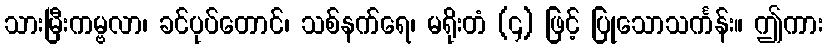
သားမြီးကမ္ဗလာ၊ ခင်ပုပ်တောင်၊ သစ်နက်ရေ၊ မရိုးတံ (၄) ဖြင့် ပြုသောသင်္ကန်း။ ဤကား